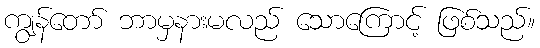
ကျွန်တော် ဘာမှနားမလည် သောကြောင့် ဖြစ်သည်။